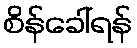
စိန်ခေါ်ရန်